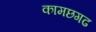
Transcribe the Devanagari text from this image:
कामछगढ